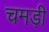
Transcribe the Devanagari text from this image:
चमड़ी